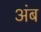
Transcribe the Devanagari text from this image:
अंब